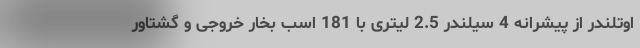
اوتلندر از پیشرانه 4 سیلندر 2.5 لیتری با 181 اسب بخار خروجی و گشتاور